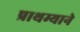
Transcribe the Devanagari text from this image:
प्राथम्याने